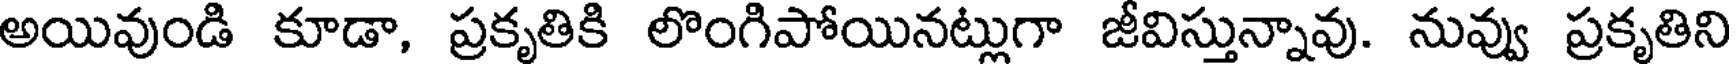
అయివుండి కూడా, ప్రకృతికి లొంగిపోయినట్లుగా జీవిస్తున్నావు. నువ్వు ప్రకృతిని